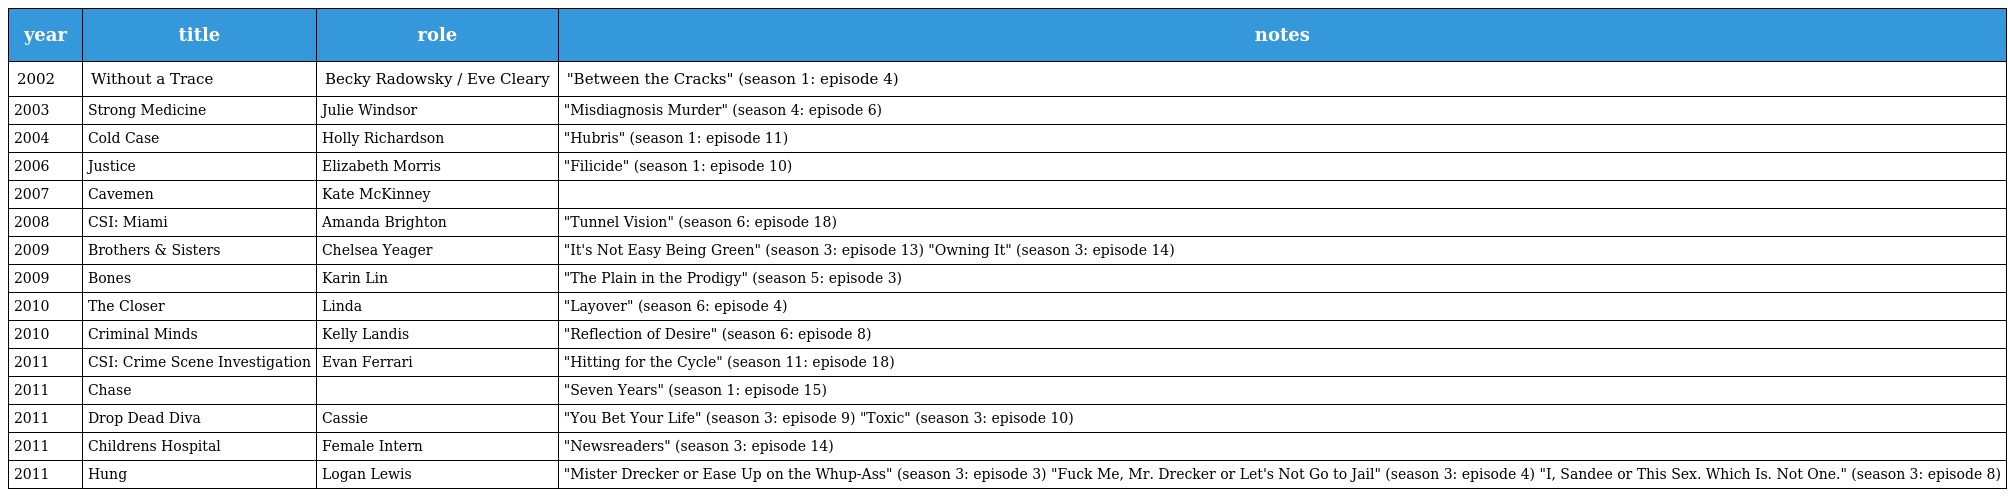
| year | title | role | notes |
 | --- | --- | --- | --- |
 | 2002 | Without a Trace | Becky Radowsky / Eve Cleary | "Between the Cracks" (season 1: episode 4) |
 | 2003 | Strong Medicine | Julie Windsor | "Misdiagnosis Murder" (season 4: episode 6) |
 | 2004 | Cold Case | Holly Richardson | "Hubris" (season 1: episode 11) |
 | 2006 | Justice | Elizabeth Morris | "Filicide" (season 1: episode 10) |
 | 2007 | Cavemen | Kate McKinney |  |
 | 2008 | CSI: Miami | Amanda Brighton | "Tunnel Vision" (season 6: episode 18) |
 | 2009 | Brothers & Sisters | Chelsea Yeager | "It's Not Easy Being Green" (season 3: episode 13) "Owning It" (season 3: episode 14) |
 | 2009 | Bones | Karin Lin | "The Plain in the Prodigy" (season 5: episode 3) |
 | 2010 | The Closer | Linda | "Layover" (season 6: episode 4) |
 | 2010 | Criminal Minds | Kelly Landis | "Reflection of Desire" (season 6: episode 8) |
 | 2011 | CSI: Crime Scene Investigation | Evan Ferrari | "Hitting for the Cycle" (season 11: episode 18) |
 | 2011 | Chase |  | "Seven Years" (season 1: episode 15) |
 | 2011 | Drop Dead Diva | Cassie | "You Bet Your Life" (season 3: episode 9) "Toxic" (season 3: episode 10) |
 | 2011 | Childrens Hospital | Female Intern | "Newsreaders" (season 3: episode 14) |
 | 2011 | Hung | Logan Lewis | "Mister Drecker or Ease Up on the Whup-Ass" (season 3: episode 3) "Fuck Me, Mr. Drecker or Let's Not Go to Jail" (season 3: episode 4) "I, Sandee or This Sex. Which Is. Not One." (season 3: episode 8) |